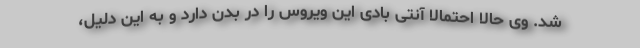
شد. وی حالا احتمالا آنتی بادی این ویروس را در بدن دارد و به این دلیل،